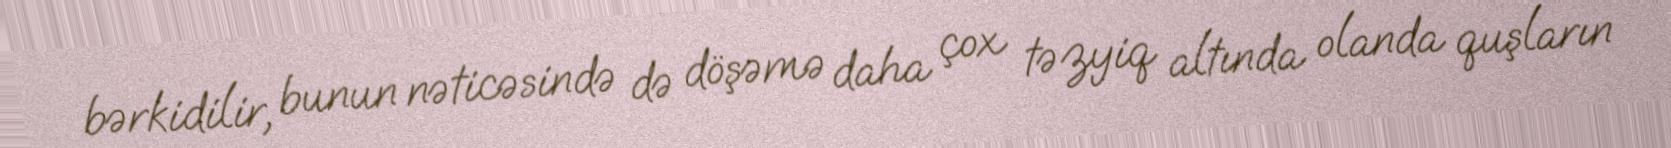
bərkidilir, bunun nəticəsində də döşəmə daha çox təzyiq altında olanda quşların